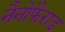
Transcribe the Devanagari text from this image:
नैनोफैराड